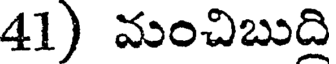
41) మంచిబుది